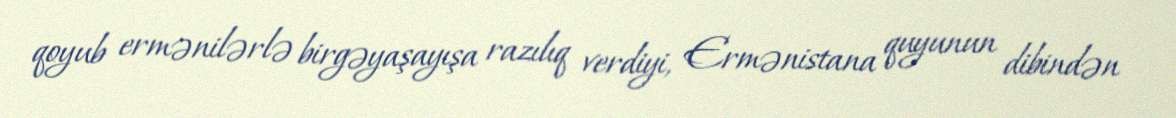
qoyub ermənilərlə birgəyaşayışa razılıq verdiyi, Ermənistana quyunun dibindən